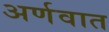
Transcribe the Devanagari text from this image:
अर्णवात